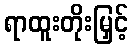
ရာထူးတိုးမြှင့်